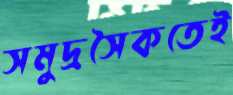
সমুদ্রসৈকতেই